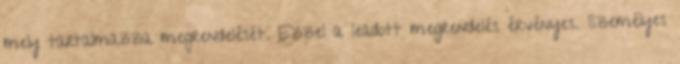
mely tartalmazza megrendelését. Ezzel a leadott megrendelés érvényes. Személyes